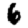
Digit: 6